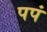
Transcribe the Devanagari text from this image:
पपं